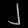
Digit: ၂